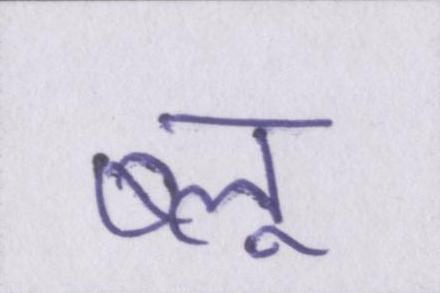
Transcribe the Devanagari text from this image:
ब्लू